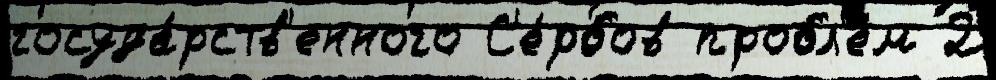
госуда́рств'енного С'е́рбов пробл'е́м 2